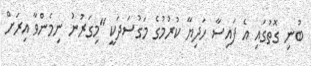
ބުނި ގޮތުގައި އެ ފައިސާ ހަދިޔާ ކުރުމުގެ މަގުސަދަކީ "މިގަރުނު ނިމެންވާ އިރަށް